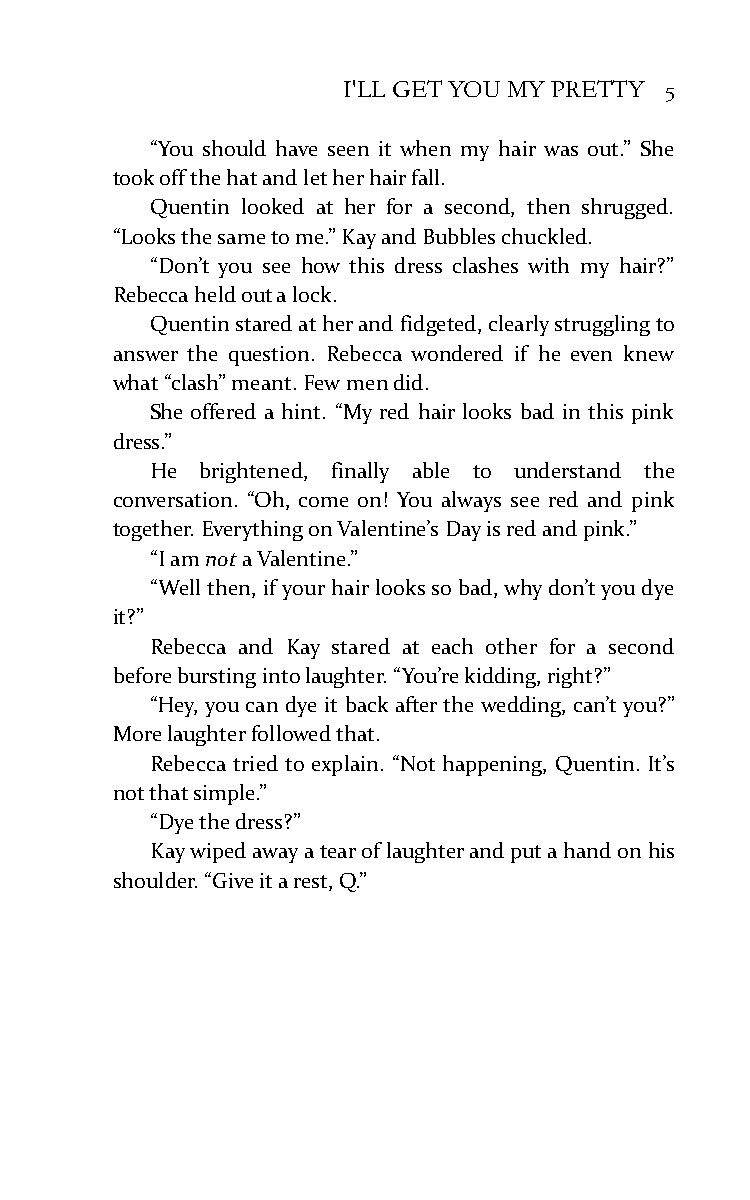
I'LL GET YOU MY PRETTY 5
 “You should have seen it when my hair was out.” She
 took off the hat and let her hair fall.
 Quentin looked at her for a second, then shrugged.
 “Looks the same to me.” Kay and Bubbles chuckled.
 “Don’t you see how this dress clashes with my hair?”
 Rebecca held out a lock.
 Quentin stared at her and fidgeted, clearly struggling to
 answer the question. Rebecca wondered if he even knew
 what “clash” meant. Few men did.
 She offered a hint. “My red hair looks bad in this pink
 dress.”
 He brightened, finally able to understand the
 conversation. “Oh, come on! You always see red and pink
 together. Everything on Valentine’s Day is red and pink.”
 “I am not a Valentine.”
 “Well then, if your hair looks so bad, why don’t you dye
 it?”
 Rebecca and Kay stared at each other for a second
 before bursting into laughter. “You’re kidding, right?”
 “Hey, you can dye it back after the wedding, can’t you?”
 More laughter followed that.
 Rebecca tried to explain. “Not happening, Quentin. It’s
 not that simple.”
 “Dye the dress?”
 Kay wiped away a tear of laughter and put a hand on his
 shoulder. “Give it a rest, Q.”